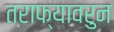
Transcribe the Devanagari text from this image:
तराफ्यावरुन